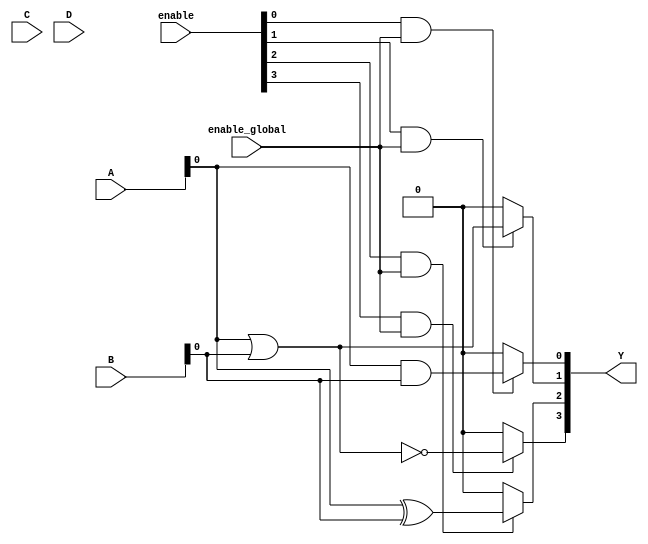
module combinational_logic_block (
    input wire [3:0] A,        // 4-bit input
    input wire [3:0] B,        // 4-bit input
    input wire [3:0] C,        // 4-bit input
    input wire [3:0] D,        // 4-bit input
    input wire [3:0] enable,   // Enable signals for each LUT
    input wire enable_global,   // Global enable signal
    output wire [3:0] Y        // 4-bit output
);

// Configurable Logic Elements (LEs) - each is a 4-input LUT
wire [3:0] lut_out;

genvar i;
generate
    for (i = 0; i < 4; i = i + 1) begin : lut_array
        assign lut_out[i] = (enable[i] && enable_global) ? lut_function(A, B, C, D, i) : 1'b0;
    end
endgenerate

// Output buffer driving the output signals
assign Y = lut_out;

function lut_function;
    input [3:0] A;
    input [3:0] B;
    input [3:0] C;
    input [3:0] D;
    input [1:0] select;
    begin
        case (select)
            2'b00: lut_function = A & B;  // Example: AND function
            2'b01: lut_function = A | B;  // Example: OR function
            2'b10: lut_function = A ^ B;  // Example: XOR function
            2'b11: lut_function = ~(A | B); // Example: NOR function
            default: lut_function = 1'b0; // Default to 0
        endcase
    end
endfunction

endmodule